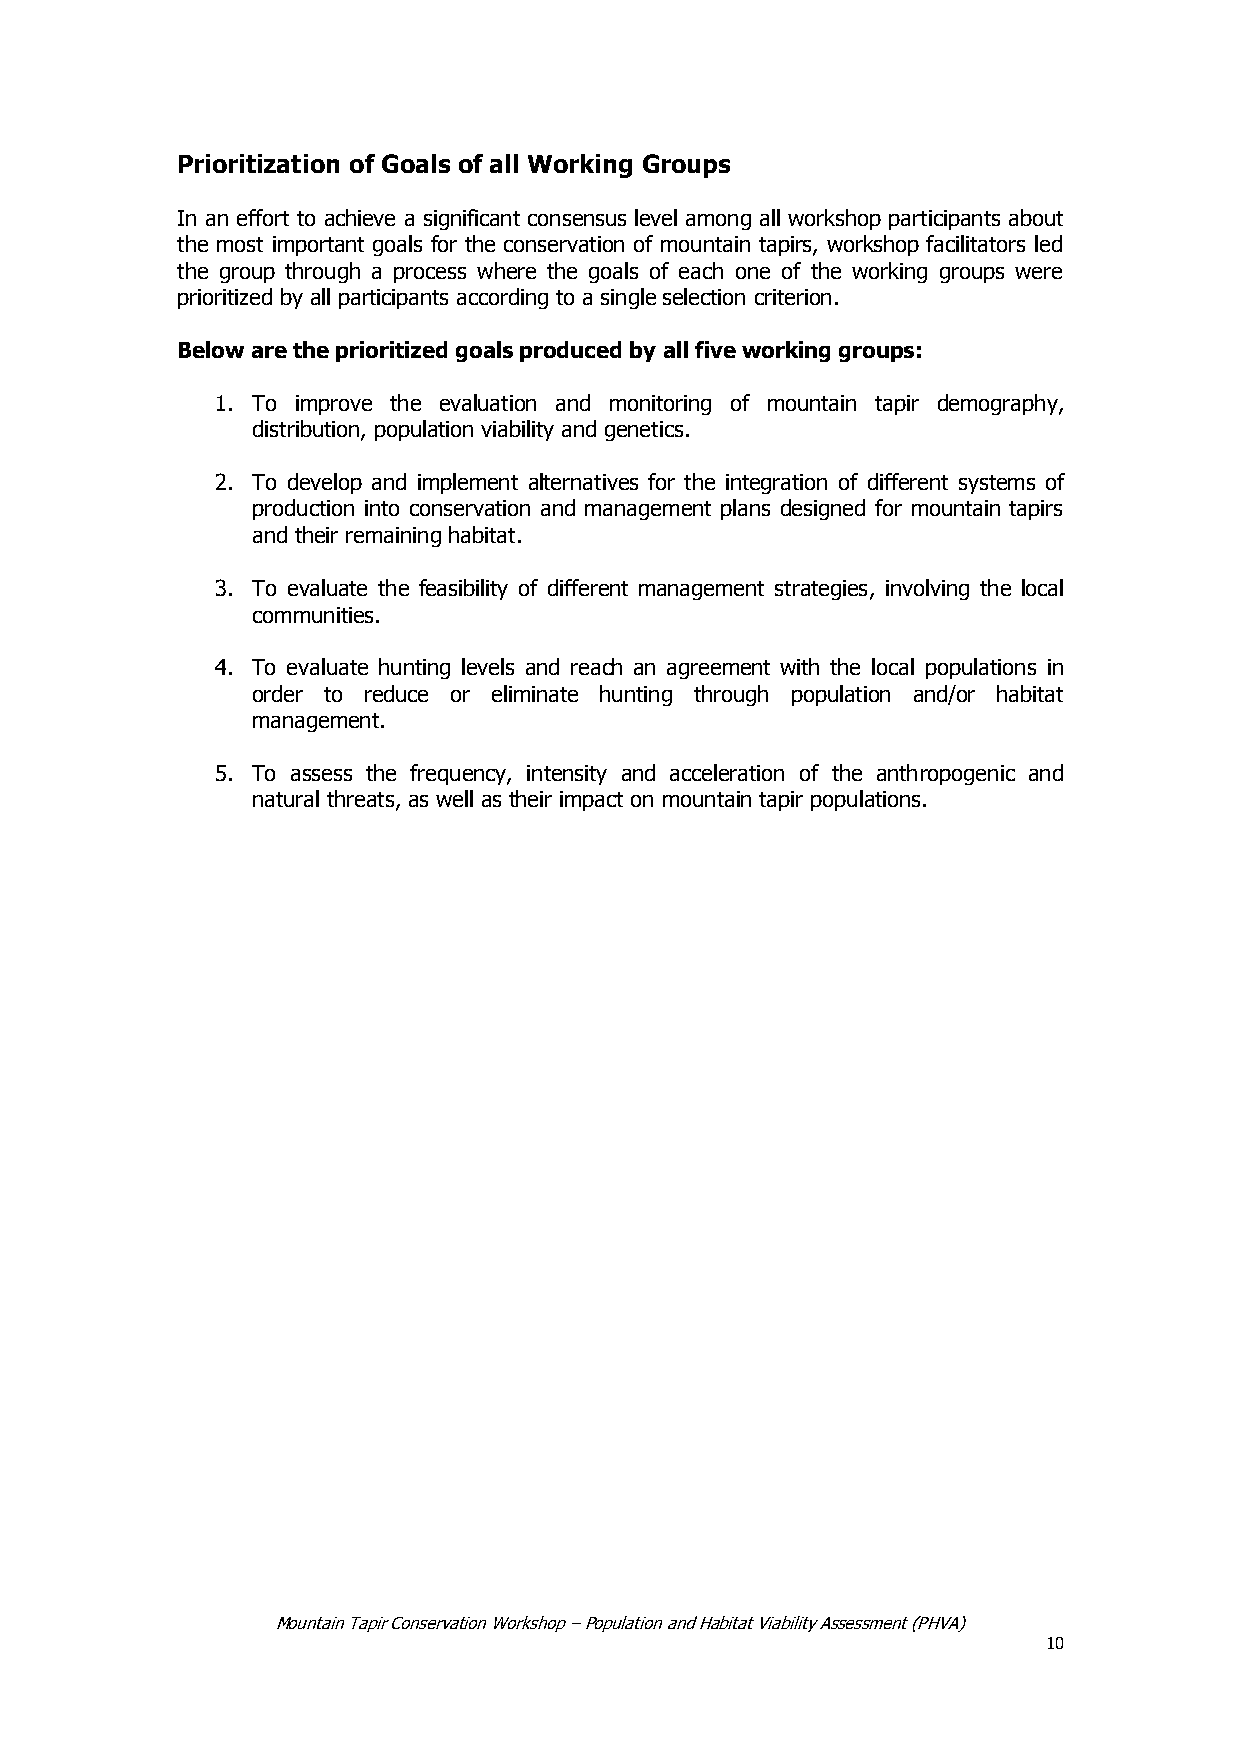
Prioritization of Goals of all Working Groups
 In an effort to achieve a significant consensus level among all workshop participants about
 the most important goals for the conservation of mountain tapirs, workshop facilitators led
 the group through a process where the goals of each one of the working groups were
 prioritized by all participants according to a single selection criterion.
 Below are the prioritized goals produced by all five working groups:
 1. To improve the evaluation and monitoring of mountain tapir demography,
 distribution, population viability and genetics.
 2. To develop and implement alternatives for the integration of different systems of
 production into conservation and management plans designed for mountain tapirs
 and their remaining habitat.
 3. To evaluate the feasibility of different management strategies, involving the local
 communities.
 4. To evaluate hunting levels and reach an agreement with the local populations in
 order to reduce or eliminate hunting through population and/or habitat
 management.
 5. To assess the frequency, intensity and acceleration of the anthropogenic and
 natural threats, as well as their impact on mountain tapir populations.
 Mountain Tapir Conservation Workshop – Population and Habitat Viability Assessment (PHVA)
 10